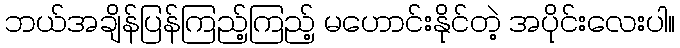
ဘယ်အချိန်ပြန်ကြည့်ကြည့် မဟောင်းနိုင်တဲ့ အပိုင်းလေးပါ။